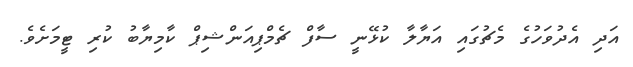
އަދި އެދުވަހުގެ މެޗުގައި އަޔާލާ ކުޅޭނީ ސާފް ޗެމްޕިއަންޝިޕް ކާމިޔާބު ކުރި ޓީމަށެވެ.